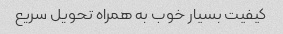
کیفیت بسیار خوب به همراه تحویل سریع